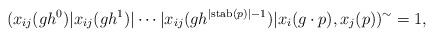
LaTeX: \begin{align*} (x_{ij}(gh^0)\vert x_{ij}(gh^1)\vert \cdots\vert x_{ij}(gh^{\vert \mathrm{stab}(p)\vert-1} )\vert x_i(g\cdot p),x_j(p))^\sim=1,\\\end{align*}